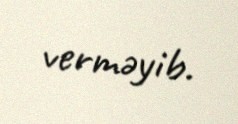
verməyib.